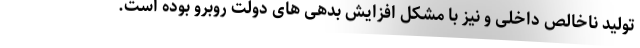
تولید ناخالص داخلی و نیز با مشکل افزایش بدهی های دولت روبرو بوده است.